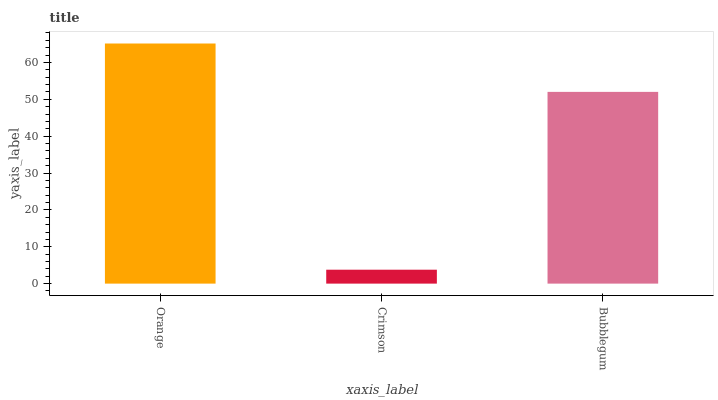
| xaxis_label | bars |
 | --- | --- |
 | Orange | 65.1 |
 | Crimson | 3.78 |
 | Bubblegum | 52 |